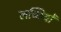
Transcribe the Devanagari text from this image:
लच्छियों